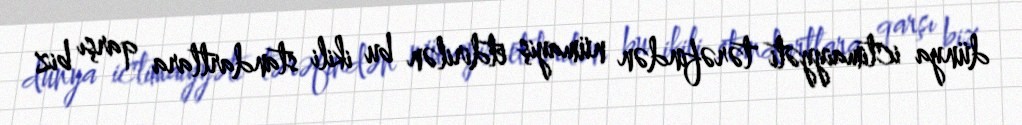
dünya ictimaiyyəti tərəfindən nümayiş etdirilən bu ikili standartlara qarşı biz